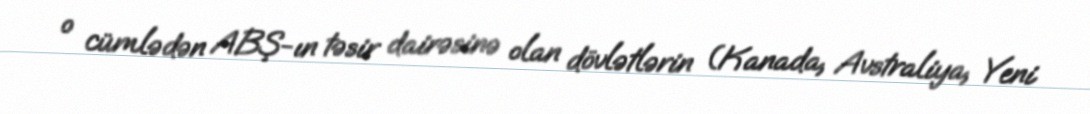
o cümlədən ABŞ-ın təsir dairəsinə olan dövlətlərin (Kanada, Avstraliya, Yeni